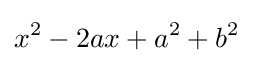
x^{2}-2ax+a^{2}+b^{2}